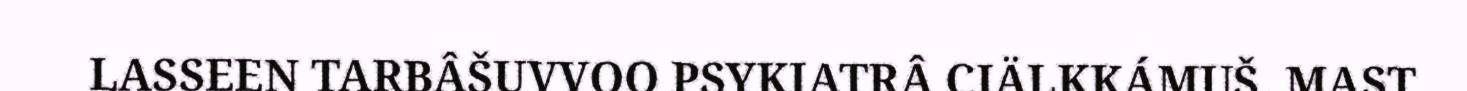
LASSEEN TARBÂŠUVVOO PSYKIATRÂ CIÄLKKÁMUŠ, MAST